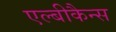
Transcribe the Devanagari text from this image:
एल्बीकैन्स